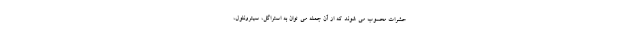
حشرات محسوب می شوند که از آن جمله می توان به استراگل، سیترونلول،